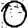
Digit: 0